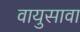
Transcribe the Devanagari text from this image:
वायुसावा